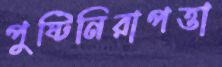
পুষ্টিনিরাপত্তা